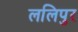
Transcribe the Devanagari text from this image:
ललिपुर